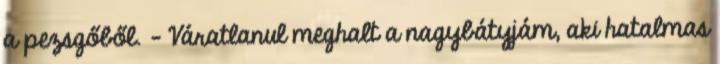
a pezsgőből. – Váratlanul meghalt a nagybátyjám, aki hatalmas